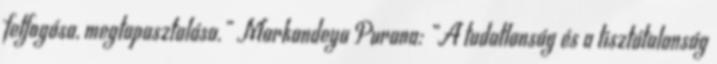
felfogása, megtapasztalása.” Markandeya Purana: „A tudatlanság és a tisztátalanság